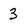
Character: 3